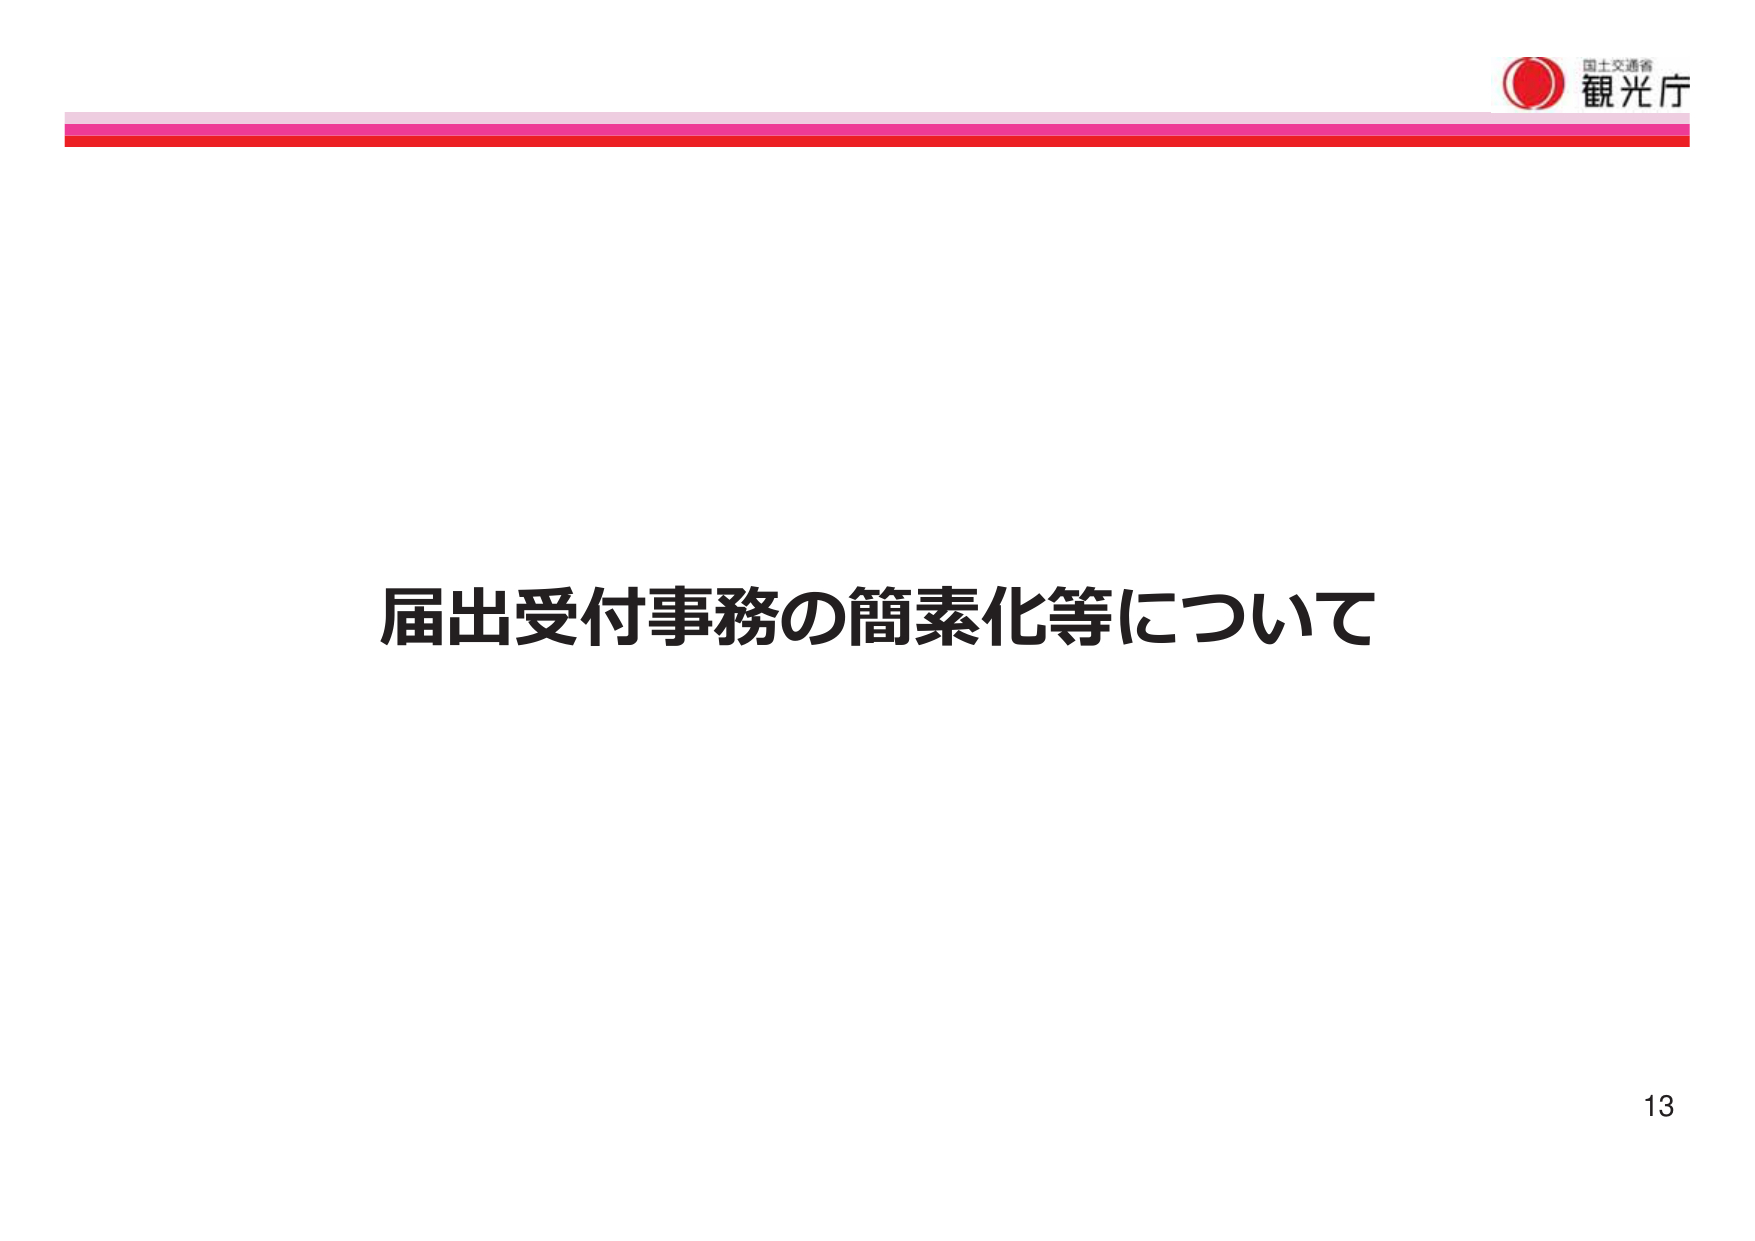
国土交通省
観光庁
届出受付事務の簡素化等について
13